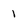
Character: 1